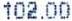
102.00